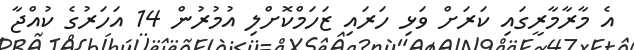
އެ މާރާމާރީގައި ކަރަށް ވަޅި ހަރައި ޒަހަމްކޮށްލި އުމުރުން 14 އަހަރުގެ ކުއްޖާ